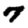
Digit: 7